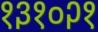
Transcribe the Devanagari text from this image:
१३१०२१